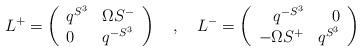
LaTeX: \begin{align*}L^+=\left(\begin{array}{ll}q^{S^3} & \Omega S^-\\0 & q^{-S^3}\end{array}\right)\ \ \ ,\ \ \ L^-=\left(\begin{array}{rr}q^{-S^3} & 0\\-\Omega S^+ & q^{S^3}\end{array}\right)\end{align*}